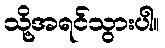
သို့အရင်သွားပါ။